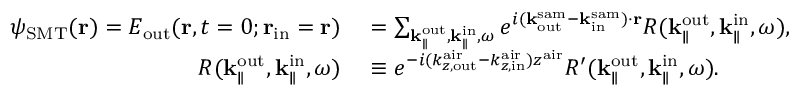
\begin{array} { r l } { \psi _ { \mathrm { S M T } } ( { \bf r } ) = E _ { \mathrm { o u t } } ( { \bf r } , t = 0 ; { \bf r } _ { \mathrm { i n } } = { \bf r } ) } & { { } = \sum _ { { \bf k } _ { \parallel } ^ { \mathrm { o u t } } , { \bf k } _ { \parallel } ^ { \mathrm { i n } } , \omega } e ^ { i ( { \bf k } _ { \mathrm { o u t } } ^ { \mathrm { s a m } } - { \bf k } _ { \mathrm { i n } } ^ { \mathrm { s a m } } ) \cdot { \bf r } } R ( { \bf k } _ { \parallel } ^ { \mathrm { o u t } } , { \bf k } _ { \parallel } ^ { \mathrm { i n } } , \omega ) , } \\ { R ( { \bf k } _ { \parallel } ^ { \mathrm { o u t } } , { \bf k } _ { \parallel } ^ { \mathrm { i n } } , \omega ) } & { { } \equiv e ^ { - i ( k _ { z , \mathrm { o u t } } ^ { \mathrm { a i r } } - k _ { z , \mathrm { i n } } ^ { \mathrm { a i r } } ) z ^ { \mathrm { a i r } } } R ^ { \prime } ( { \bf k } _ { \parallel } ^ { \mathrm { o u t } } , { \bf k } _ { \parallel } ^ { \mathrm { i n } } , \omega ) . } \end{array}